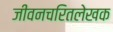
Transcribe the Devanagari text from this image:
जीवनचरितलेखक